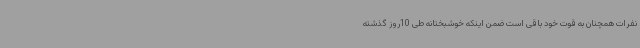
نفرات همچنان به قوت خود باقی است ضمن اینکه خوشبختانه طی 10روز گذشته